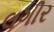
લગીર